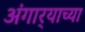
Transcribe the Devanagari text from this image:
अंगार्‍याच्या